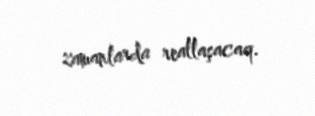
zamanlarda reallaşacaq.